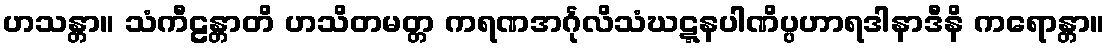
ဟသန္တာ။ သံကီဠန္တာတိ ဟသိတမတ္တ ကရဏအင်္ဂုလိသံဃဋ္ဋနပါဏိပ္ပဟာရဒါနာဒီနိ ကရောန္တာ။